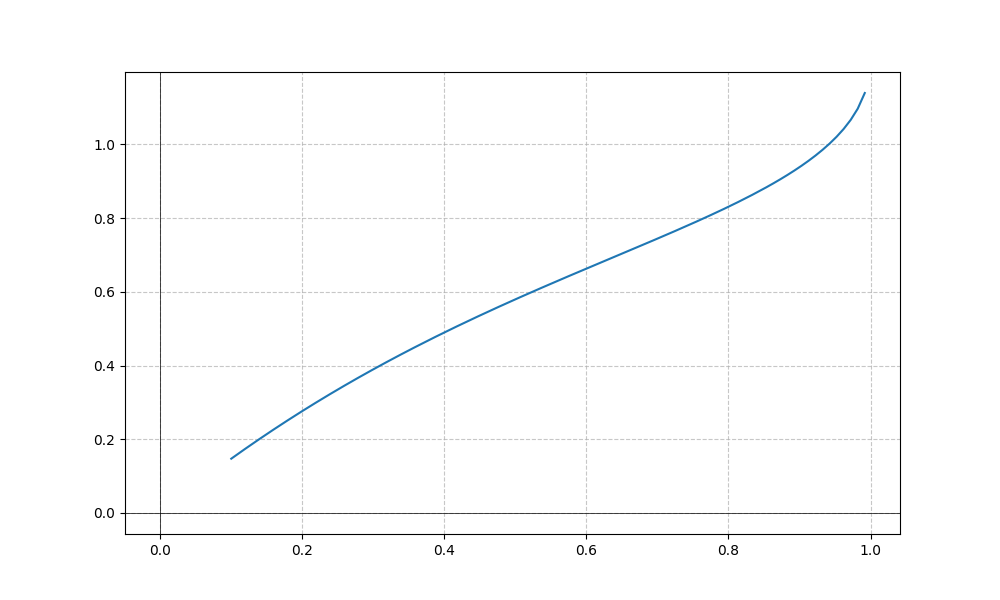
LaTeX formula: \operatorname{acot}{\left(x \right)} \operatorname{asin}{\left(x \right)}